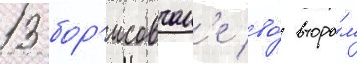
13 бор'исовчан'е во́ второ́м